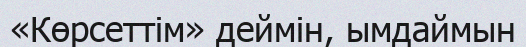
«Көрсеттім» деймін, ымдаймын